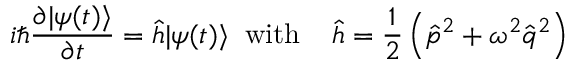
i \hbar \frac { \partial | \psi ( t ) \rangle } { \partial t } = \hat { h } | \psi ( t ) \rangle \; \; \mathrm { w i t h } \; \; \; \; \hat { h } = \frac { 1 } { 2 } \left( \hat { p } ^ { 2 } + \omega ^ { 2 } \hat { q } ^ { 2 } \right)